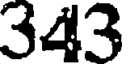
343